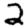
Digit: 2